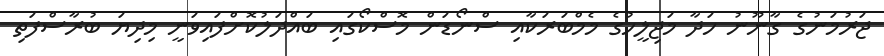
ޖަރުމަނުގެ ގާނޫނު ހަދާ މަޖިލީހުގެ މެމްބަރަކާއި ސްނޯޑަން މޮސްކޯގައި ބައްދަލުކޮށްފައިވަނީ މިދިޔަ ބުރާސްފަތި